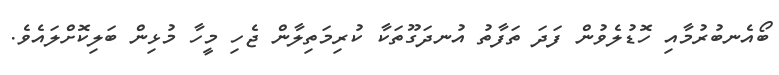
ބޯއެނބުރުމާއި ހޮޑުލެވުން ފަދަ ތަފާތު އުނދަގޫތަކާ ކުރިމަތިލާން ޖެހި މީހާ މުޅިން ބަލިކޮށްލައެވެ.